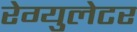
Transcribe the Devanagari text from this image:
रेग्युलेटर